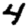
Digit: 4